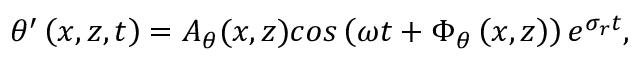
\theta ^ { \prime } \left( x , z , t \right) = A _ { \theta } ( x , z ) c o s \left( \omega t + \Phi _ { \theta } \left( x , z \right) \right) e ^ { \sigma _ { r } t } ,